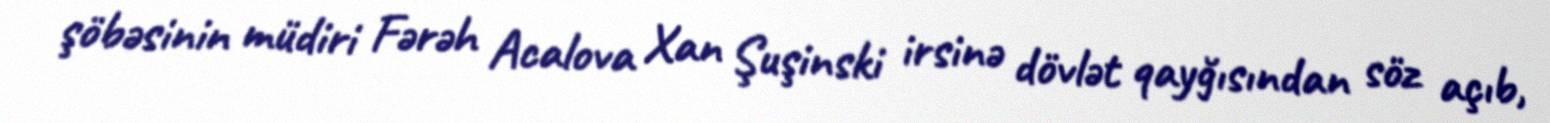
şöbəsinin müdiri Fərəh Acalova Xan Şuşinski irsinə dövlət qayğısından söz açıb,